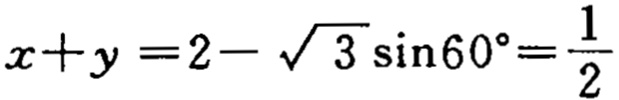
\(x + y = 2 - \sqrt{3} \sin 60^{\circ} = \frac{1}{2}\)